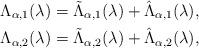
LaTeX: \begin{align*}\Lambda_{\alpha, 1} (\lambda) = \tilde{\Lambda}_{\alpha, 1} (\lambda) + \hat{\Lambda}_{\alpha, 1} (\lambda),\\\Lambda_{\alpha, 2}( \lambda) = \tilde{\Lambda}_{\alpha, 2} (\lambda) + \hat{\Lambda}_{\alpha, 2}( \lambda),\end{align*}